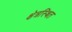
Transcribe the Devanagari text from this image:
क्षेत्रस्थित